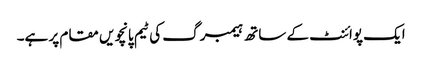
ایک پوائنٹ کے ساتھ ہیمبرگ کی ٹیم پانچویں مقام پر ہے۔